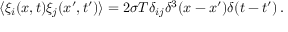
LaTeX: \langle \xi _ { i } ( x , t ) \xi _ { j } ( x ^ { \prime } , t ^ { \prime } ) \rangle = 2 \sigma T \delta _ { i j } \delta ^ { 3 } ( x - x ^ { \prime } ) \delta ( t - t ^ { \prime } ) \, .